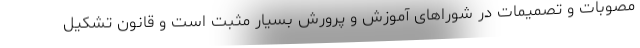
مصوبات و تصمیمات در شوراهای آموزش و پرورش بسیار مثبت است و قانون تشکیل